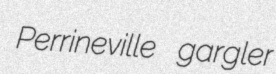
Perrineville gargler